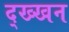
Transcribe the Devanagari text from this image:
द्ख्खन